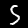
Digit: 5